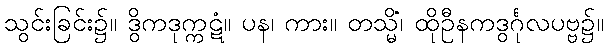
သွင်းခြင်း၌။ ဒွိကဒုက္ကဋံ။ ပန၊ ကား။ တသ္မိံ၊ ထိုဦနကဒွင်္ဂုလပဗ္ဗ၌။